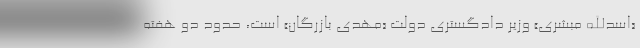
«اسدالله مبشری» وزیر دادگستری دولت «مهدی بازرگان» است، حدود دو هفته